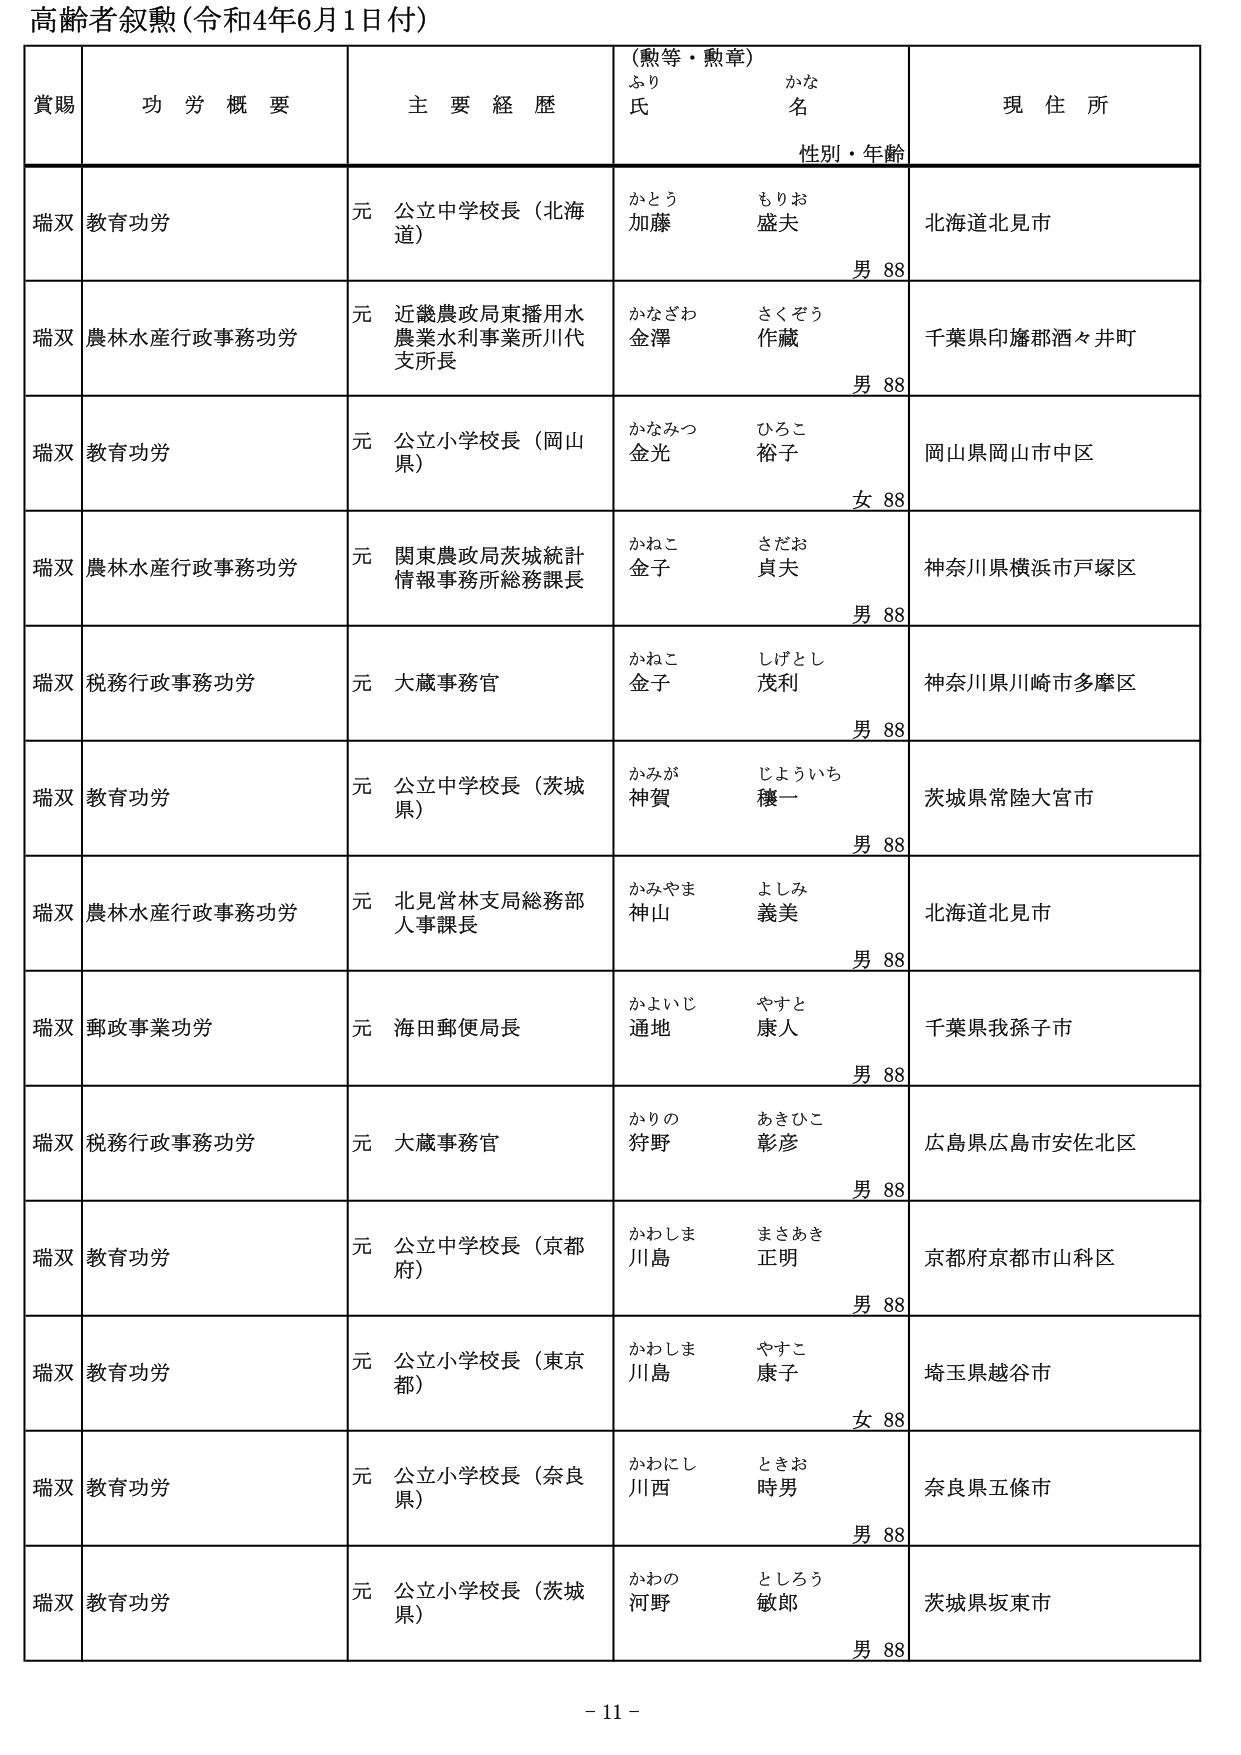
高齢者叙勲（令和4年6月1日付）

賞賜　　功労概要　　主要経歴　　（勲等・勲章）　　現住所
　　　　　　　　　　　　　　ふり　　かな
　　　　　　　　　　　　　　氏　　　名
　　　　　　　　　　　　　　性別・年齢

瑞双　教育功労　　　　元 公立中学校長（北海道）　　かとう　もりお　　加藤　盛夫　　男 88　　北海道北見市

瑞双　農林水産行政事務功労　　元 近畿農政局東播用水農業水利事業所川代支所長　　かなざわ　さくぞう　　金澤　作蔵　　男 88　　千葉県印旛郡酒々井町

瑞双　教育功労　　　　元 公立小学校長（岡山県）　　かなみつ　ひろこ　　金光　裕子　　女 88　　岡山県岡山市中区

瑞双　農林水産行政事務功労　　元 関東農政局茨城統計情報事務所総務課長　　かねこ　さだお　　金子　貞夫　　男 88　　神奈川県横浜市戸塚区

瑞双　税務行政事務功労　　元 大蔵事務官　　かねこ　しげとし　　金子　茂利　　男 88　　神奈川県川崎市多摩区

瑞双　教育功労　　　　元 公立中学校長（茨城県）　　かみが　じょういち　　神賀　穣一　　男 88　　茨城県常陸大宮市

瑞双　農林水産行政事務功労　　元 北見営林支局総務部人事課長　　かみやま　よしみ　　神山　義美　　男 88　　北海道北見市

瑞双　郵政事業功労　　　　元 海田郵便局長　　かよいじ　やすと　　通地　康人　　男 88　　千葉県我孫子市

瑞双　税務行政事務功労　　元 大蔵事務官　　かりの　あきひこ　　狩野　彰彦　　男 88　　広島県広島市安佐北区

瑞双　教育功労　　　　元 公立中学校長（京都府）　　かわしま　まさあき　　川島　正明　　男 88　　京都府京都市山科区

瑞双　教育功労　　　　元 公立小学校長（東京都）　　かわしま　やすこ　　川島　康子　　女 88　　埼玉県越谷市

瑞双　教育功労　　　　元 公立小学校長（奈良県）　　かわにし　ときお　　川西　時男　　男 88　　奈良県五條市

瑞双　教育功労　　　　元 公立小学校長（茨城県）　　かわの　としろう　　河野　敏郎　　男 88　　茨城県坂東市

- 11 -